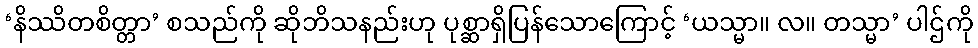
‘နိဿိတစိတ္တာ’ စသည်ကို ဆိုဘိသနည်းဟု ပုစ္ဆာရှိပြန်သောကြောင့် ‘ယသ္မာ။ လ။ တသ္မာ’ ပါဌ်ကို